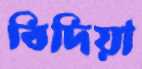
বিদিয়া